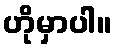
ဟိုမှာပါ။